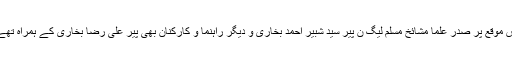
اس موقع پر صدر علما مشائخ مسلم لیگ ن پیر سید شبیر احمد بخاری و دیگر راہنما و کارکنان بھی پیر علی رضا بخاری کے ہمراہ تھے۔